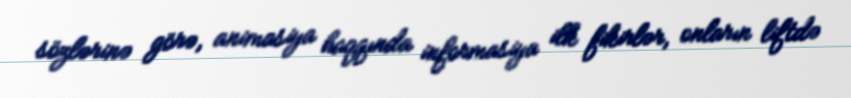
sözlərinə görə, animasiya haqqında informasiya ilk fikirlər, onların liftdə